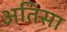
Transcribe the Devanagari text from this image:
अतिसा